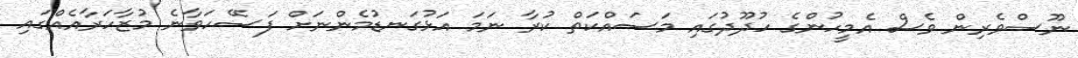
ނޫސްވެރިން ވެސް އެމީހުންގެ ހުދޫދުގައި މަސައްކަތް ކުރާ ނަމަ އަޅުގަނޑުމެންނަށް ފަސޭހަވާނެ މުޒާހަރާއެއްގައި